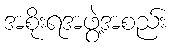
အစိုးရအဖွဲ့အစည်း